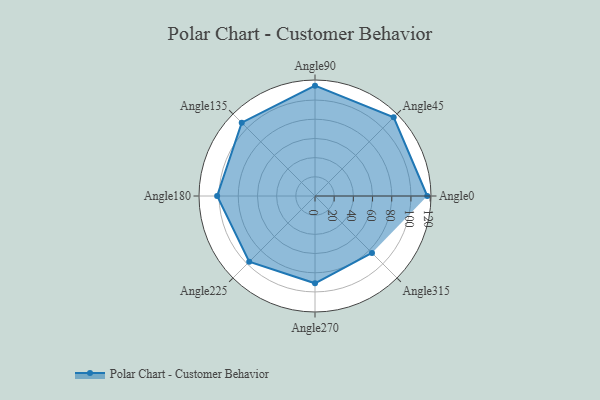
{"axis": {"x": "Angle", "y": "Radius"}, "legend": [""], "data": [{"x": "Angle0", "y": 117.0, "type": ""}, {"x": "Angle45", "y": 116.0, "type": ""}, {"x": "Angle90", "y": 115.0, "type": ""}, {"x": "Angle135", "y": 108.0, "type": ""}, {"x": "Angle180", "y": 102.0, "type": ""}, {"x": "Angle225", "y": 97.0, "type": ""}, {"x": "Angle270", "y": 91.0, "type": ""}, {"x": "Angle315", "y": 84.0, "type": ""}]}